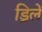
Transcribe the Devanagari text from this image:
ड्रिलें